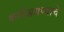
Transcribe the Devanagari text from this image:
कमीअसण्याचे